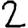
Digit: 2